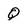
Character: Q